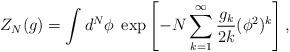
LaTeX: \begin{align*}Z_N(g) = \int d^N \phi \; \exp \left[ -N \sum_{k=1}^{\infty} \frac{g_k}{2k} (\phi^2)^k\right], \end{align*}